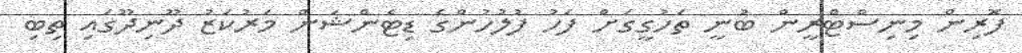
ފޮރިން މިނިސްޓްރީން ބުނީ ތަހުގީގަށް ފަހު ފުލުހުންގެ ޑިޓެންޝަން މަރުކަޒު ދޫނިދޫގައި ތިބި